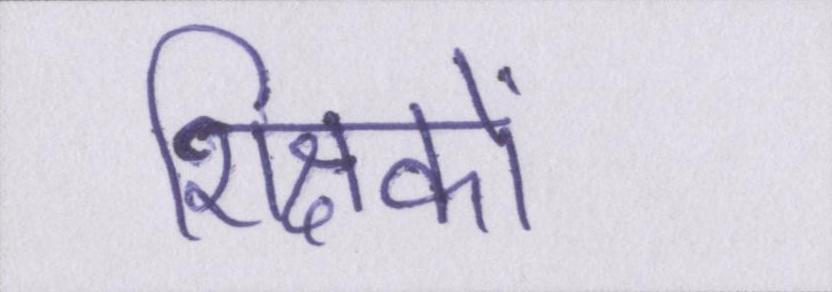
शिक्षकों